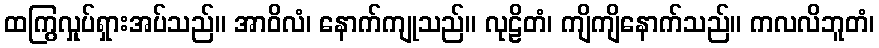
ထကြွလှုပ်ရှားအပ်သည်။ အာဝိလံ၊ နောက်ကျုသည်။ လုဠိတံ၊ ကျိကျိနောက်သည်။ ကလလိဘူတံ၊